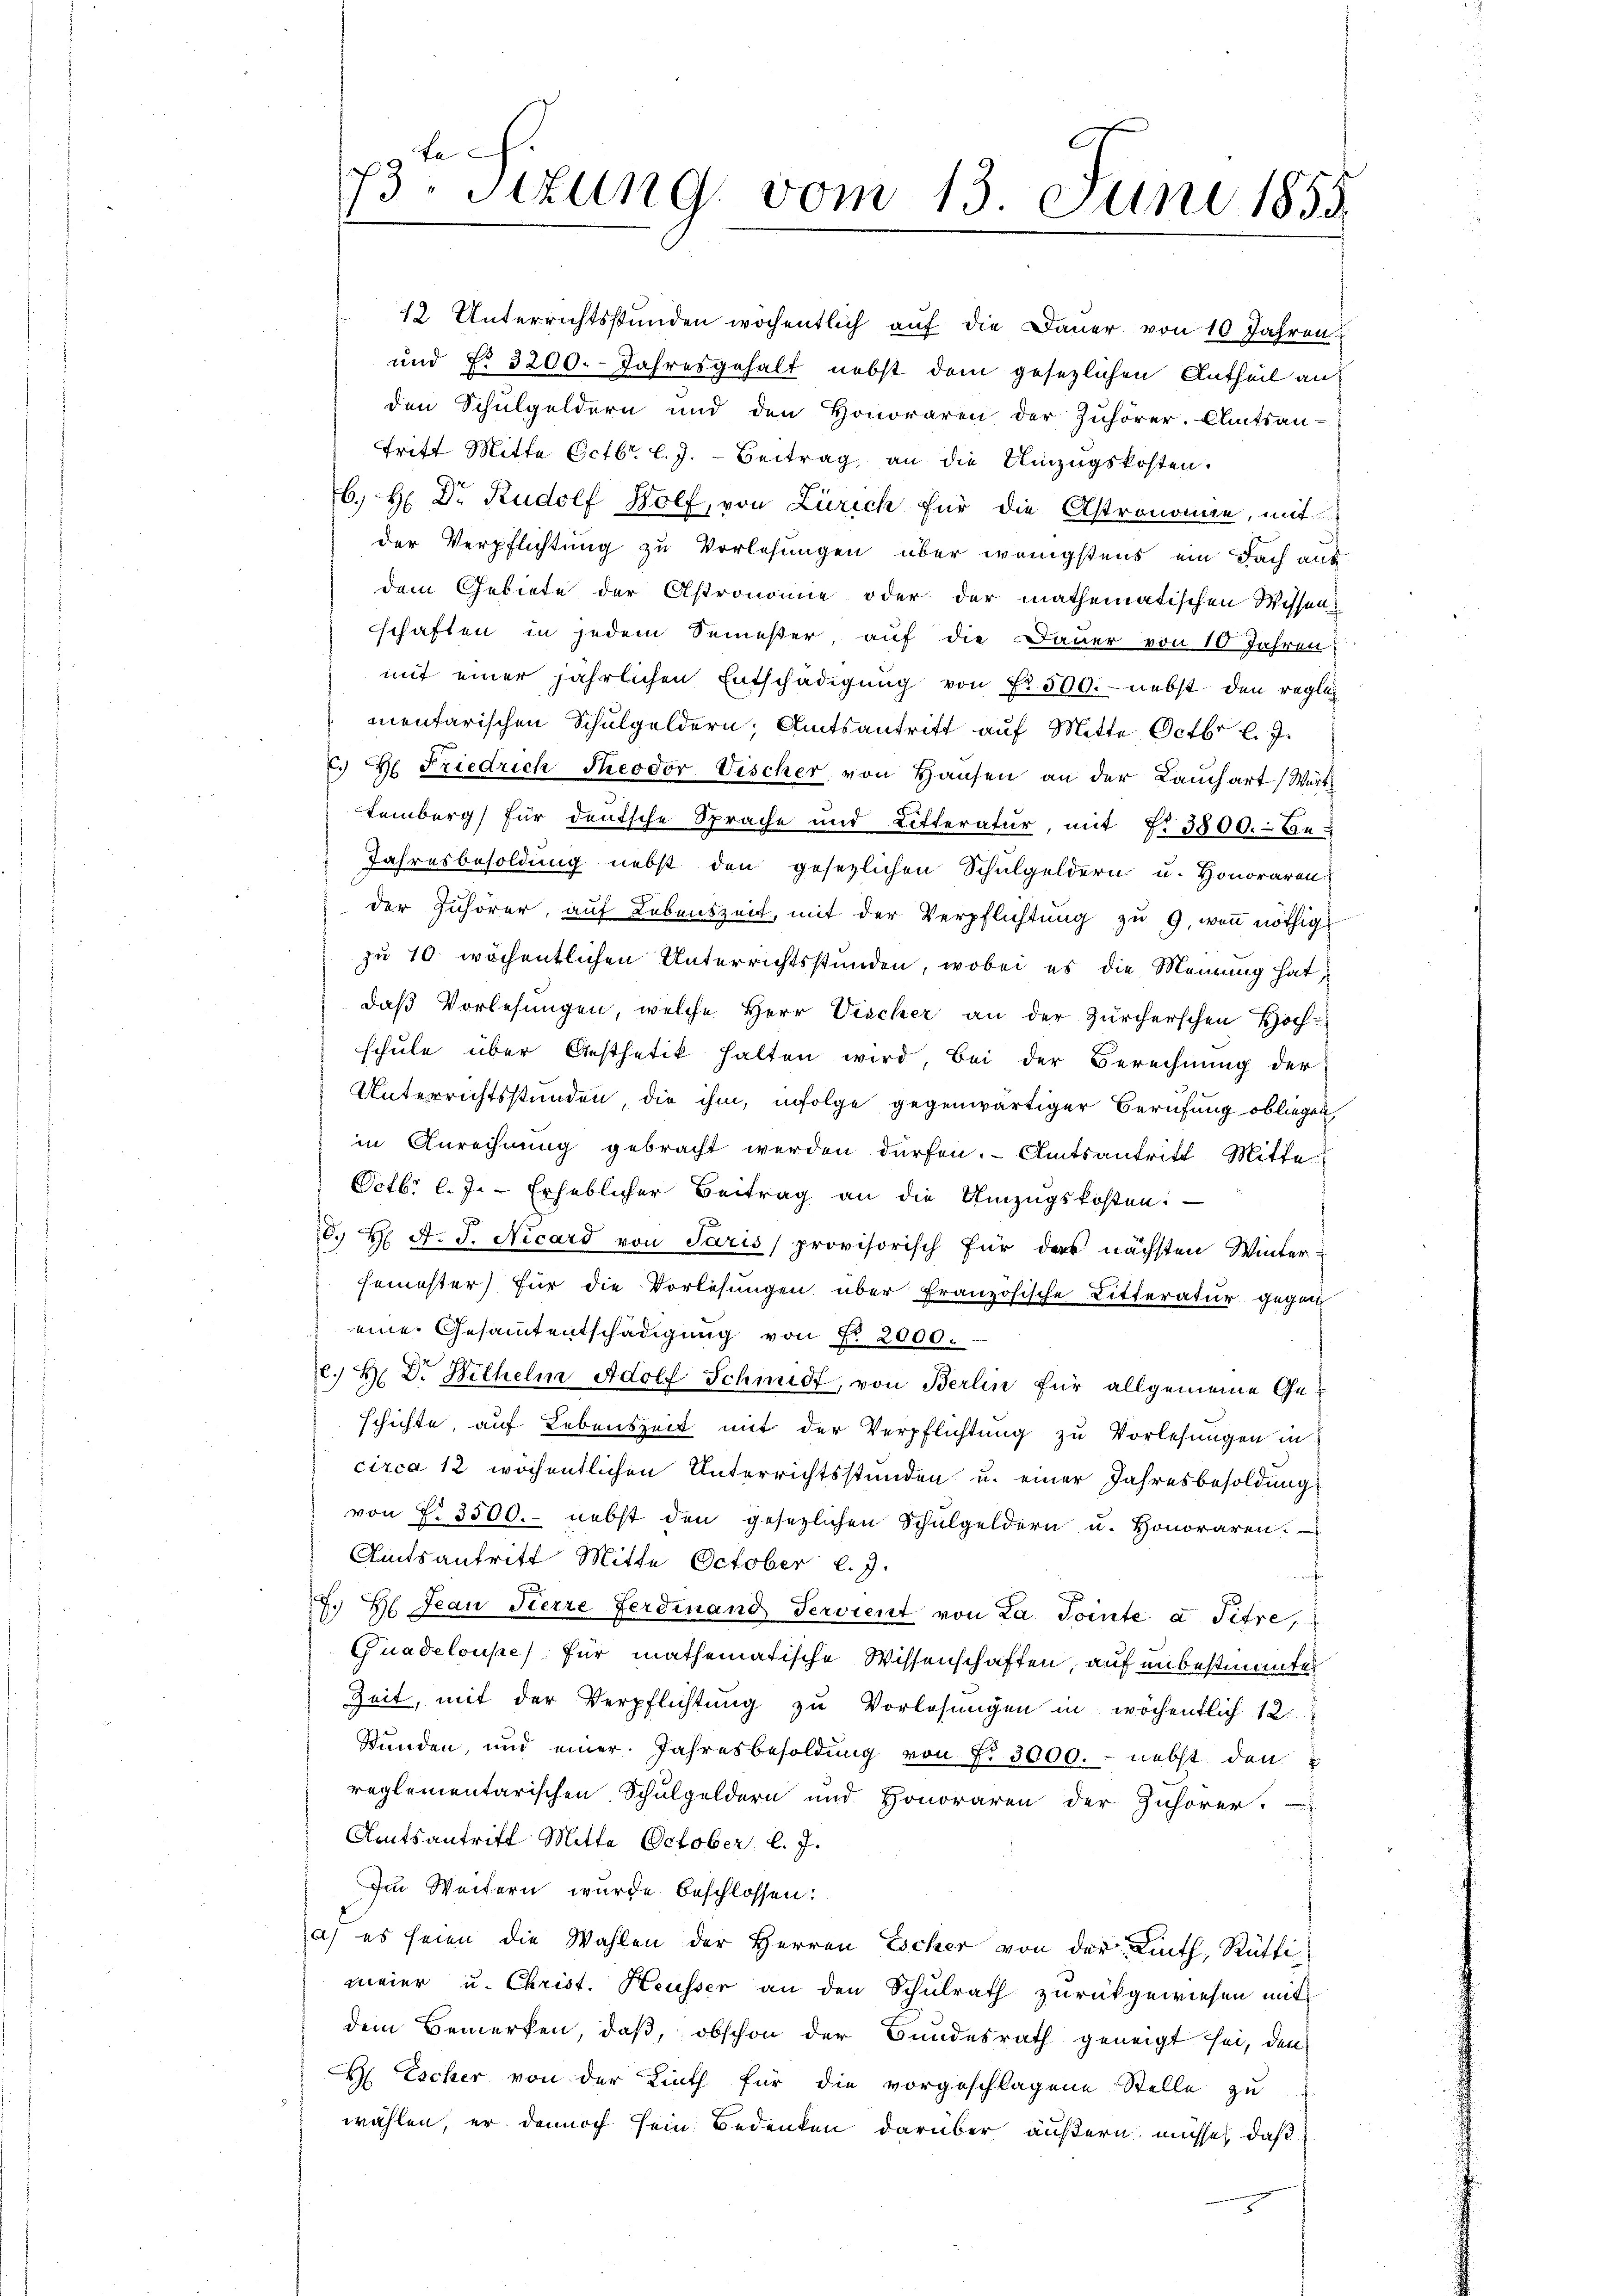
73. Sitzung vom 13. Juni 1855.

12. Unterrichtsstunden wöchentlich auf die Dauer von 10 Jahren
und No 3200. Jahresgehalt nebst dem gesezlichen Antheil an
den Schulgeldern und den Honoraren der Zuhörer. Amtsan-
Tritt Mitte Octbr. l. J. Beitrag an die Umzugskosten.
6. H. Dr. Rudolf Wolf, von Zürich für die Astronomie, mit
der Verpflichtung zu Vorlesungen über wenigstens ein Fach auf
dem Gebiete der Astronomie oder der mathematischen Wissenschaften in jedem Semester, auf die Dauer von 10 Jahren:
mit einer jährlichen Entschädigung von Fr. 500.- nebst den reglich
mentarischen Schulgeldern, Amtsantritt auf Mitte Octbr l. J.
c. H. Friedrich Theodor Vischer von Hausen an der Lauchart (Wirth
temberg für deutsche Sprache und Litteratur, mit §. 3800. - Be-
Jahresbesoldung nebst den gesezlichen Schulgeldern u. Honoraren
der Zuhörer, auf Lebenszeit, mit der Verpflichtung zu 9, wenn nöthig
zu 10 wöchentlichen Unterrichtsstunden, wobei es die Meinung hat,
daß Vorlesungen, welche Herr Vischer an der Zürcherschen Hoch-
schule über Aesthetik halten wird, bei der Berechnung der
Unterrichtsstunden die ihm, infolge gegenwärtiger Berufung obliegen
in Anrechnung gebracht werden dürfen. Amtsantritt Mitte
Octbr. l. Js. Erheblicher Beitrag an die Umzugskosten:
8. H. d. J. Nicard von Paris provisorisch für das nächsten Winter-
semester) für die Vorlesungen über französische Litteratur gegen
 eine Gesammtentschädigung von Nr. 2000.
c. H. Dr. Wilhelm Adolf Schmidt, von Berlin für allgemeine Geschichte, auf Lebenszeit mit der Verpflichtung zu Vorlesungen in
circa 12 wöchentlichen Unterrichtsstunden u. einer Jahresbesoldung
von N. 3500. nebst den gesezlichen Schulgeldern u. Honoraren.
Amtsantritt Mitte October l. J.
s
H Jean Pierre Ferdinand Servient von La Pointe a Titre,
Guadeloupe für mathematische Wissenschaften, auf unbestimanter
Zeit, mit der Verpflichtung zu Vorlesungen in wöchentlich 12
Stunden, und einer Jahresbesoldung von §. 3000. - nebst den
reglementarischen Schulgeldern und Honoraren der Zuhörer.
Amtsantrift Mitte October l. J.
Im Weitern wurde beschlossen:
a) es seien die Wahlen der Herren Escher von der Linth, Rütti
meier u. Christ. Heusser an den Schulrath zurückgewiesen mit
dem Bemerken, daß, obschon der Bundesrath geneigt sei, den
H Escher von der Linth für die vorgeschlagene Stelle zu
wählen, er dennoch sein Bedenken darüber äußern müsse, daß
5